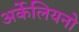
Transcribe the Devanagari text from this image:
अर्केलियनो